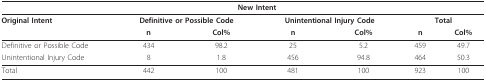
<table><thead><tr><td></td><td colspan="4"><b>New Intent</b></td><td></td><td></td></tr></thead><tbody><tr><td><b>Original Intent</b></td><td colspan="2"><b>Definitive or Possible Code</b></td><td colspan="2"><b>Unintentional Injury Code</b></td><td colspan="2"><b>Total</b></td></tr><tr><td></td><td><b>n</b></td><td><b>Col%</b></td><td><b>n</b></td><td><b>Col%</b></td><td><b>n</b></td><td><b>Col%</b></td></tr><tr><td>Definitive or Possible Code</td><td>434</td><td>98.2</td><td>25</td><td>5.2</td><td>459</td><td>49.7</td></tr><tr><td>Unintentional Injury Code</td><td>8</td><td>1.8</td><td>456</td><td>94.8</td><td>464</td><td>50.3</td></tr><tr><td>Total</td><td>442</td><td>100</td><td>481</td><td>100</td><td>923</td><td>100</td></tr></tbody></table>